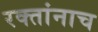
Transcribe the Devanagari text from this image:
रक्‍तांनाच